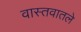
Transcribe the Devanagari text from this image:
वास्तवातले